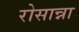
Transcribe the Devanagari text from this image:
रोसान्ना